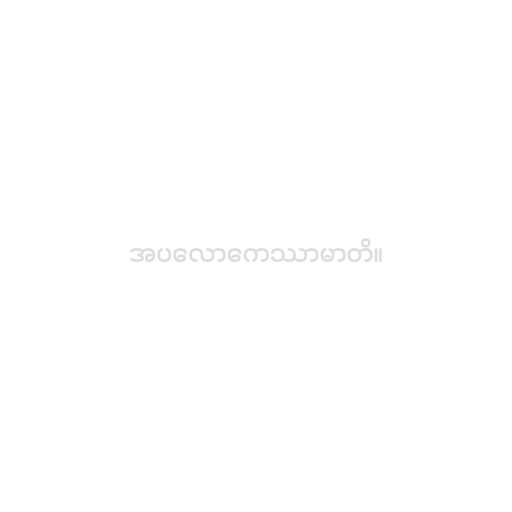
အပလောကေဿာမာတိ။